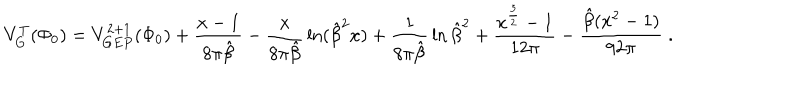
LaTeX: V _ { G } ^ { T } ( \Phi _ { 0 } ) = V _ { G E P } ^ { 2 + 1 } ( \Phi _ { 0 } ) + \frac { x - 1 } { 8 \pi \hat { \beta } } - { \frac { x } { 8 \pi \hat { \beta } } } \ln ( { \hat { \beta } } ^ { 2 } x ) + { \frac { 1 } { 8 \pi \hat { \beta } } } \ln { \hat { \beta } } ^ { 2 } + \frac { x ^ { \frac { 3 } { 2 } } - 1 } { 1 2 \pi } - \frac { \hat { \beta } ( x ^ { 2 } - 1 ) } { 9 2 \pi } \; .